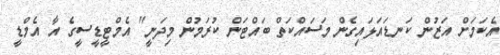
އެކަމަށް އަޒުން ކަނޑައަޅައިގެން މަސައްކަތް ބައްޓަން ކުރަމުން މިދަނީ" އެމްޓީޑީސީގެ އާ އެމްޑީ